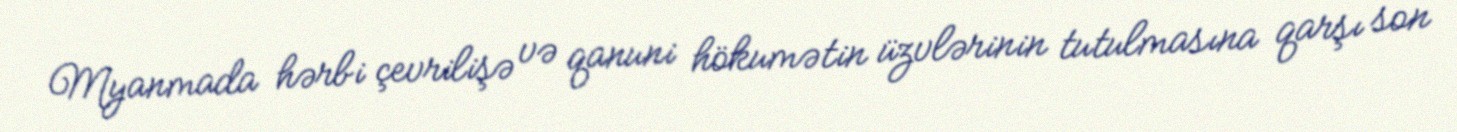
Myanmada hərbi çevrilişə və qanuni hökumətin üzvlərinin tutulmasına qarşı son